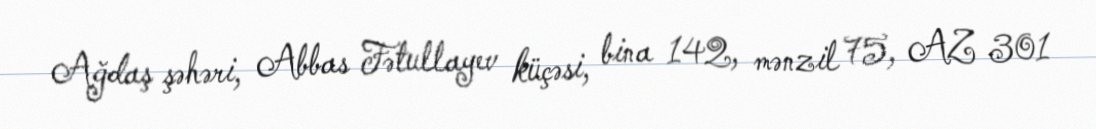
Ağdaş şəhəri, Abbas Fətullayev küçəsi, bina 142, mənzil 75, AZ 301